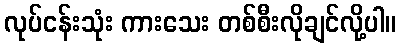
လုပ်ငန်းသုံး ကားသေး တစ်စီးလိုချင်လို့ပါ။